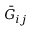
\bar { G } _ { i j }